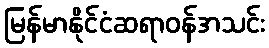
မြန်မာနိုင်ငံဆရာဝန်အသင်း